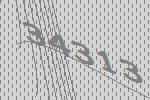
34313